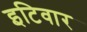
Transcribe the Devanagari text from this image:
इटिवार